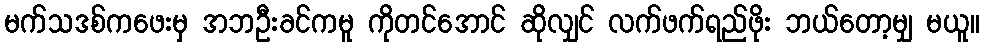
မက်သဒစ်ကဖေးမှ အဘဦးခင်ကမူ ကိုတင်အောင် ဆိုလျှင် လက်ဖက်ရည်ဖိုး ဘယ်တော့မျှ မယူ။